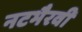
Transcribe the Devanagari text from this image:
नटभैरवी